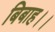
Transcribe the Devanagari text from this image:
बिबाह।।